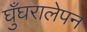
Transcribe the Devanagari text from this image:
घुँघरालेपन